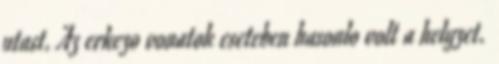
utast. Az erkezo vonatok eseteben hasonlo volt a helyzet.